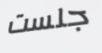
جلست